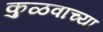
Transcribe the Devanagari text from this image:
कुळवाच्या